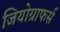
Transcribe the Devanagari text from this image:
जियोग्राफर्स